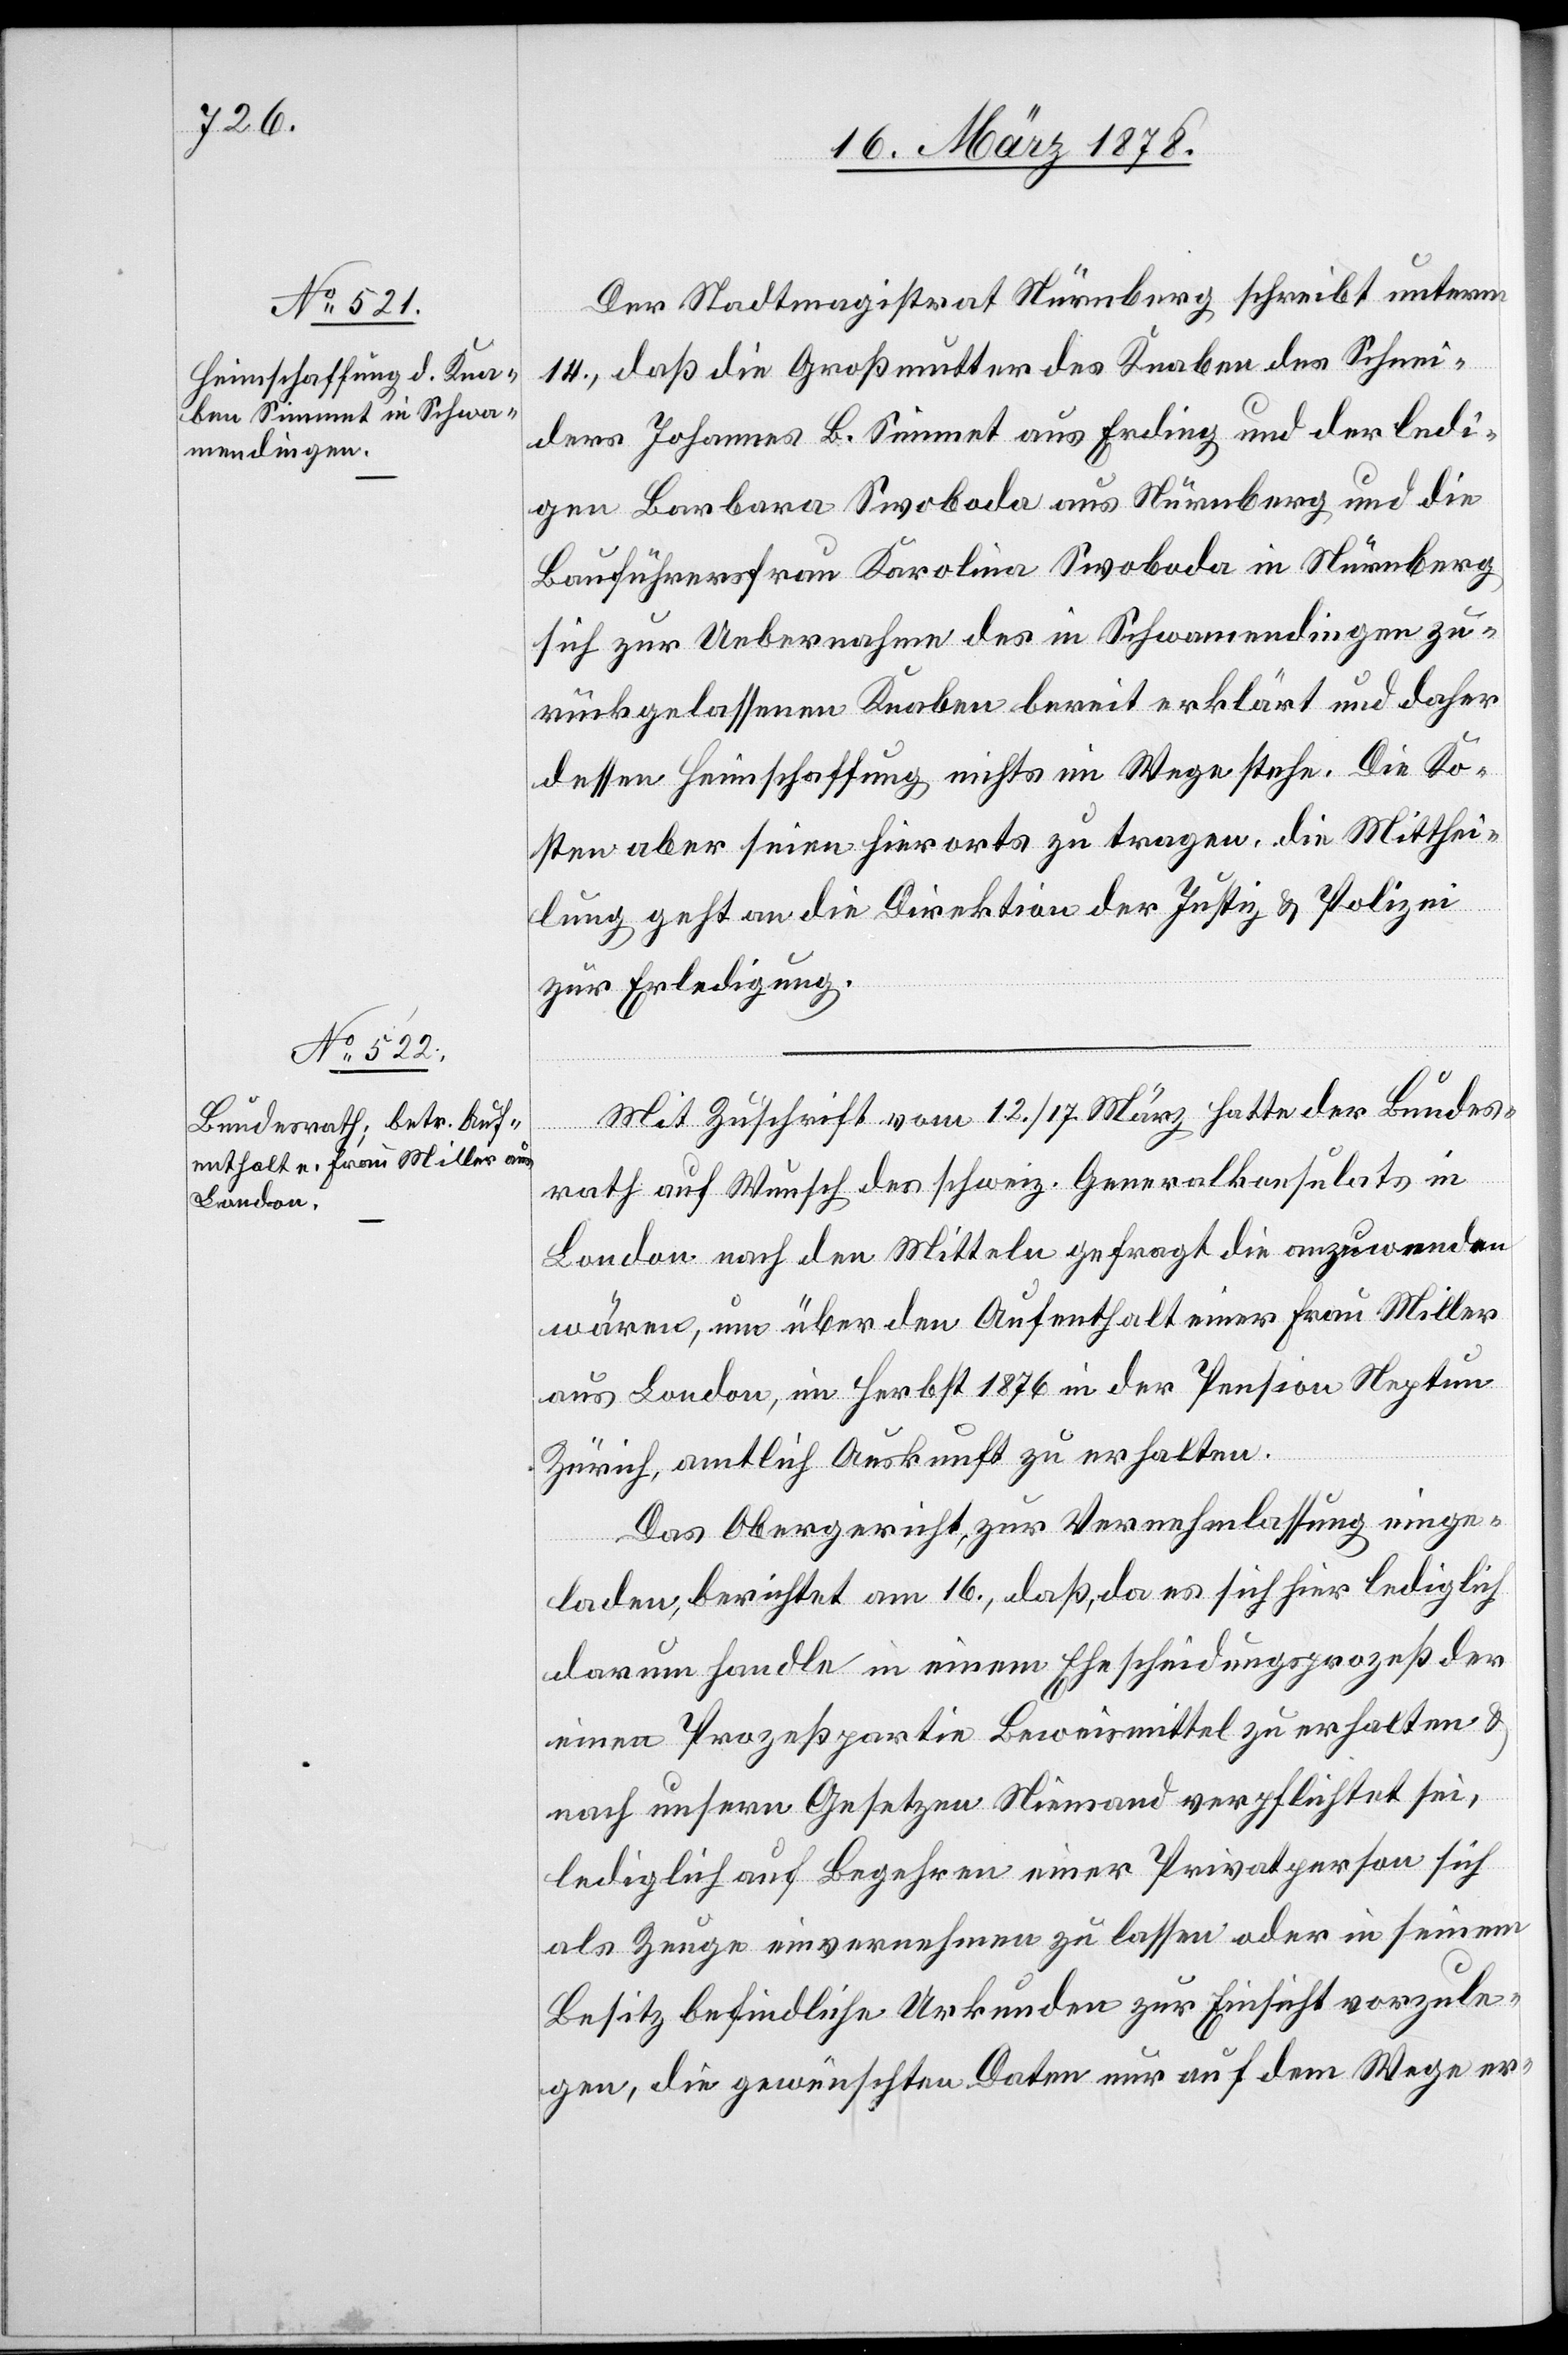
18. März 1878.]
Der Stadtmagistrat Nürnberg schreibt unterm
14., daß die Großmutter des Knaben des Schnei¬
ders Johannes B. Simmet aus Erding und der ledi¬
gen Barbara Swobada aus Nürnberg und die
Bauführerfrau Karolina Swoboda in Nürnberg
sich zur Uebernahme des in Schwamendingen zu¬
rückgelassenen Knaben bereit erklärt und daher
dessen Heimschaffung nichts im Wege stehe. Die Ko¬
sten aber seien hierorts zu tragen, die Mitthei¬
lung geht an die Direktion der Justiz & Polizei
zur Erledigung.
Mit Zuschrift vom 12. / 17. März hatte der Bundes¬
rath auf Wunsch des schweiz. Generalkonsulats in
London nach den Mitteln gefragt die anzuwenden
wären, um über den Aufenthalt einer Frau Miller
aus London, im Herbst 1876 in der Pension Neptun
Zürich, amtlich Auskunft zu erhalten.
Das Obergericht, zur Vernehmlassung einge¬
laden, berichtet am 16., daß, da es sich hier lediglich
darum handle in einem Ehescheidungsprozeß der
einen Prozeßpartie Beweismittel zu erhalten &
nach unsern Gesetzen Niemand verpflichtet sei,
lediglich auf Begehren einer Privatperson sich
als Zeuge einvernehmen zu lassen oder in seinem
Besitz befindliche Urkunden zur Einsicht vorzule¬
gen, die gewünschten Daten nur auf dem Wege er-